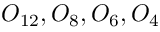
O _ { 1 2 } , O _ { 8 } , O _ { 6 } , O _ { 4 }